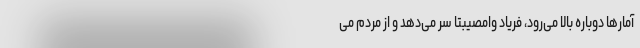
آمارها دوباره بالا می‌رود، فریاد وامصیبتا سر می‌دهد و از مردم می‌